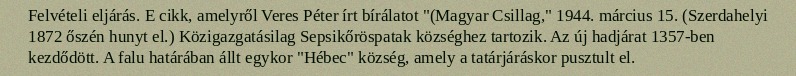
Felvételi eljárás. E cikk, amelyről Veres Péter írt bírálatot "(Magyar Csillag," 1944. március 15. (Szerdahelyi 1872 őszén hunyt el.) Közigazgatásilag Sepsikőröspatak községhez tartozik. Az új hadjárat 1357-ben kezdődött. A falu határában állt egykor "Hébec" község, amely a tatárjáráskor pusztult el.